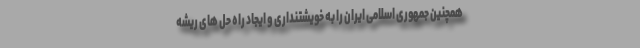
همچنین جمهوری اسلامی ایران را به خویشتنداری و ایجاد راه حل های ریشه